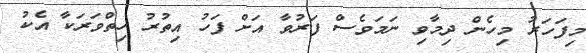
މިފަހަރު މިހެން ދިމާވި ނަމަވެސް ފަރުވާ އަށް ފަހު އިތުރު ހިތްވަރަކާ އެކު